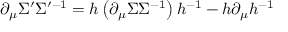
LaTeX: \partial _ { \mu } \Sigma ^ { \prime } \Sigma ^ { \prime - 1 } = h \left( \partial _ { \mu } \Sigma \Sigma ^ { - 1 } \right) h ^ { - 1 } - h \partial _ { \mu } h ^ { - 1 }